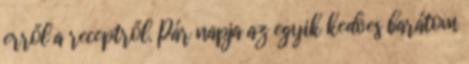
erről a receptről. Pár napja az egyik kedves barátom